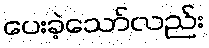
ပေးခဲ့သော်လည်း